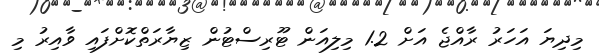
މިދިޔަ އަހަރު ރާއްޖެ އަށް 1.2 މިލިއަން ޓޫރިސްޓުން ޒިޔާރަތްކޮށްފައި ވާއިރު މި